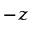
{ \displaystyle - z }